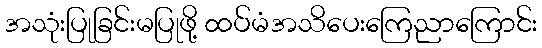
အသုံးပြုခြင်းမပြုဖို့ ထပ်မံအသိပေးကြေညာကြောင်း